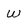
Character: W